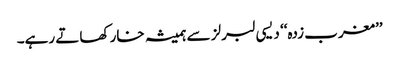
’’مغرب زدہ‘‘ دیسی لبرلز سے ہمیشہ خار کھاتے رہے۔